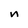
Character: n